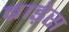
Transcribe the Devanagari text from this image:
ब्राड़ेस